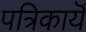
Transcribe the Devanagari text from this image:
पत्रिकायॆं